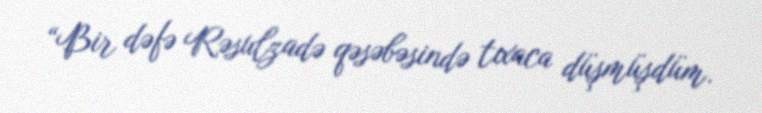
“Bir dəfə Rəsulzadə qəsəbəsində tıxaca düşmüşdüm.